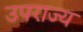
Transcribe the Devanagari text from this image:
उपराज्य